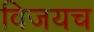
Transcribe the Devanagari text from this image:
विजयच